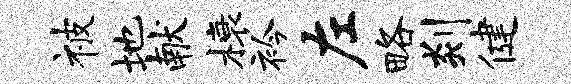
被地献榱衿左略剡健